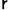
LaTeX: _\mathsf{r}